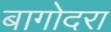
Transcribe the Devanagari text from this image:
बागोदरा